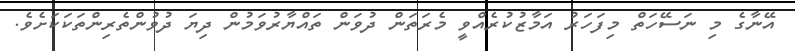
އޭނާގެ މި ނަސޭހަތް މިފަހަރު އަމާޒުކުރެއްވީ މެރަތަން ދުވަން ތައްޔާރުވަމުން ދިޔަ ދުވުންތެރިންތަކަކަށެވެ.